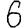
Digit: 6